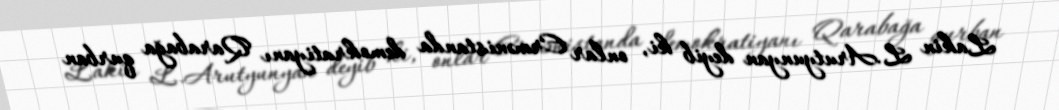
Lakin L.Arutyunyan deyib ki, onlar Ermənistanda demokratiyanı Qarabağa qurban